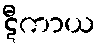
ဋီကာယ